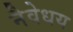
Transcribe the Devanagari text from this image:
नैवेधय